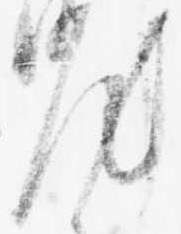
汰